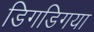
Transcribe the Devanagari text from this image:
डिगडिगया